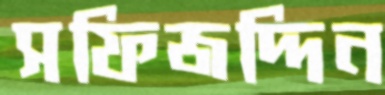
সফিজদ্দিন